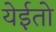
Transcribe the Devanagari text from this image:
येईतो